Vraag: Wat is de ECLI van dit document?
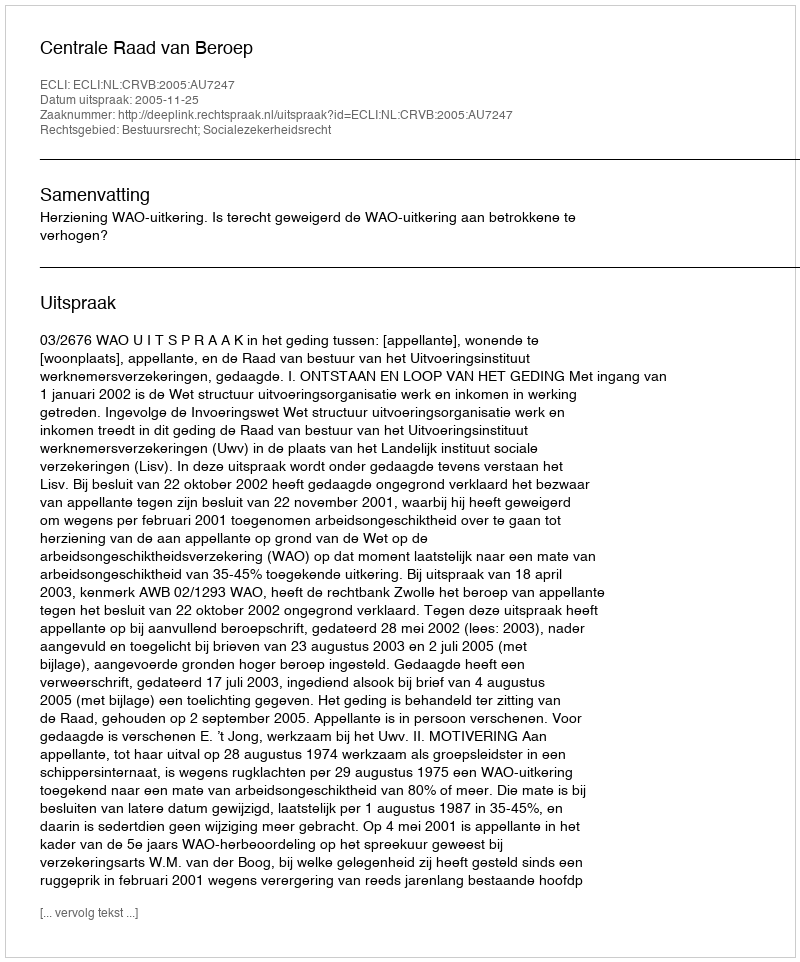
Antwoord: ECLI:NL:CRVB:2005:AU7247